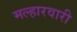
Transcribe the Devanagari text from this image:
मल्हारवारी